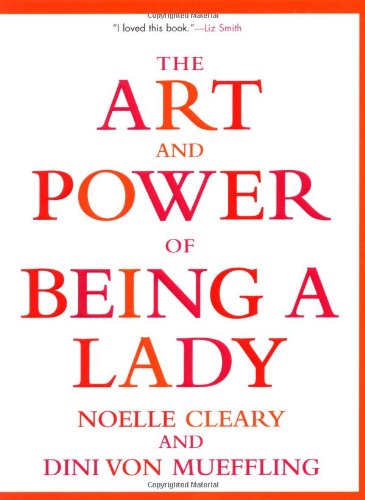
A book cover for The Art and Power of Being a Lady; Noelle Cleary; Reference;